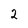
Character: 2